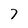
Character: 7